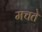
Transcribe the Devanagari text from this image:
मचते